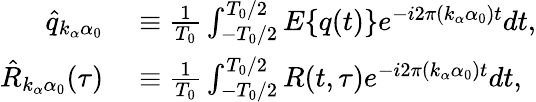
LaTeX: \begin{array}{rl}{\hat{q}_{k_{\alpha}\alpha_{0}}}&{{}\equiv\frac{1}{T_{0}}\int_{-T_{0}/2}^{T_{0}/2}E\{ q(t)\} e^{-i2\pi(k_{\alpha}\alpha_{0})t}dt,}\\ {\hat{R}_{k_{\alpha}\alpha_{0}}(\tau)}&{{}\equiv\frac{1}{T_{0}}\int_{-T_{0}/2}^{T_{0}/2}R(t,\tau)e^{-i2\pi(k_{\alpha}\alpha_{0})t}dt,}\end{array}